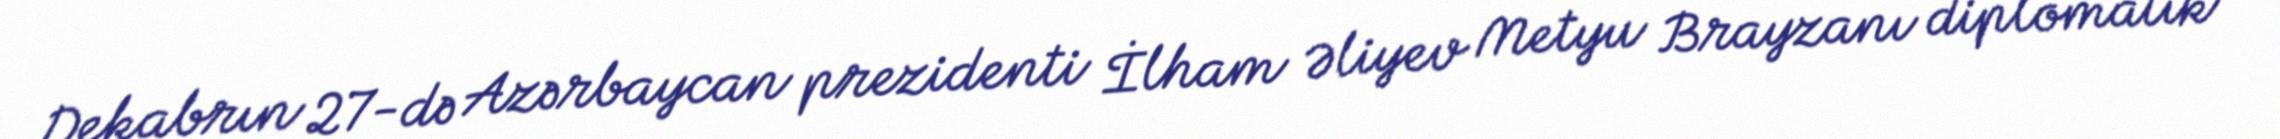
Dekabrın 27-də Azərbaycan prezidenti İlham Əliyev Metyu Brayzanı diplomatik